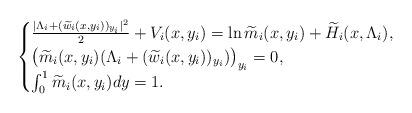
LaTeX: \begin{align*}\begin{cases}\frac{ |\Lambda_i+ (\widetilde{w}_i (x,y_i) )_{y_i} |^2}{2}+V_i(x,y_i )=\ln \widetilde{m}_i (x,y_i )+\widetilde{H}_i (x,\Lambda_i),\\ \big(\widetilde{m}_i (x,y_i) (\Lambda_i+ (\widetilde{w}_i (x,y_i))_{y_i} )\big )_{y_i}=0, \\\int_0^1 \widetilde{m}_i (x,y_i)dy=1.\end{cases}\end{align*}